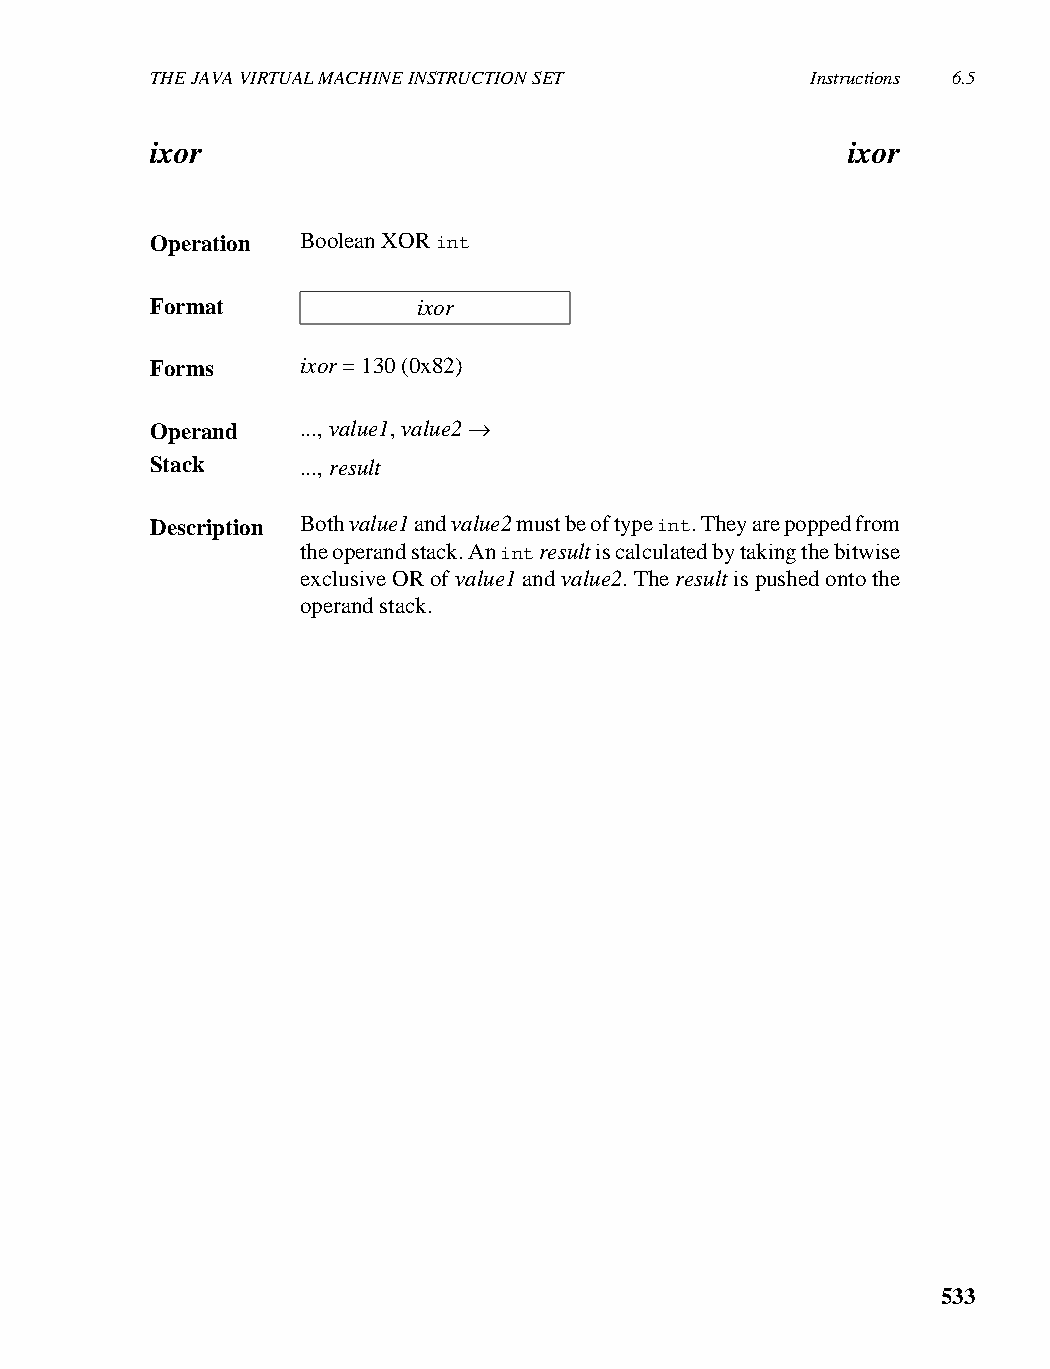
THE JAVA VIRTUAL MACHINE INSTRUCTION SET    Instructions 6.5
 ixor                                          ixor
 Operation Boolean XOR int
 Format            ixor
 Forms     ixor = 130 (0x82)
 Operand   ..., value1, value2 →
 Stack     ..., result
 Description Both value1 and value2 must be of type int. They are popped from
 the operand stack. An int result is calculated by taking the bitwise
 exclusive OR of value1 and value2. The result is pushed onto the
 operand stack.
 533